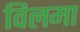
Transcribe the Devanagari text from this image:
विलमा